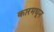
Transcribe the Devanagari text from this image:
कारमधून